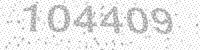
Solution: 104409